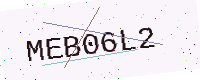
Text: MEB06L2